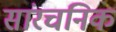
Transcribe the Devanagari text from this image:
सांरचनिक